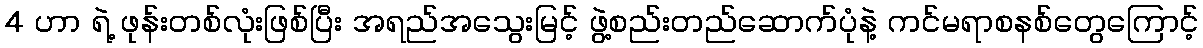
4 ဟာ ရဲ့ ဖုန်းတစ်လုံးဖြစ်ပြီး အရည်အသွေးမြင့် ဖွဲ့စည်းတည်ဆောက်ပုံနဲ့ ကင်မရာစနစ်တွေကြောင့်